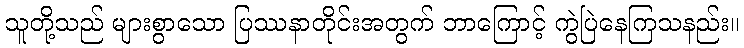
သူတို့သည် များစွာသော ပြဿနာတိုင်းအတွက် ဘာကြောင့် ကွဲပြဲနေကြသနည်း။